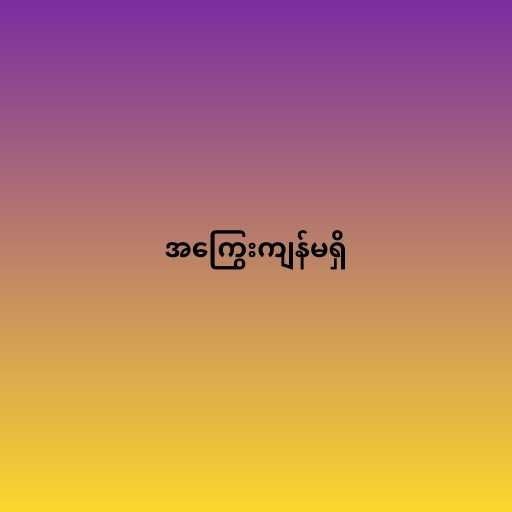
အကြွေးကျန်မရှိ